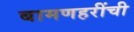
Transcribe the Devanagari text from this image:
बामणहरींची